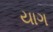
યાગ